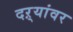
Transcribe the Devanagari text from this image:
दऱ्यांवर